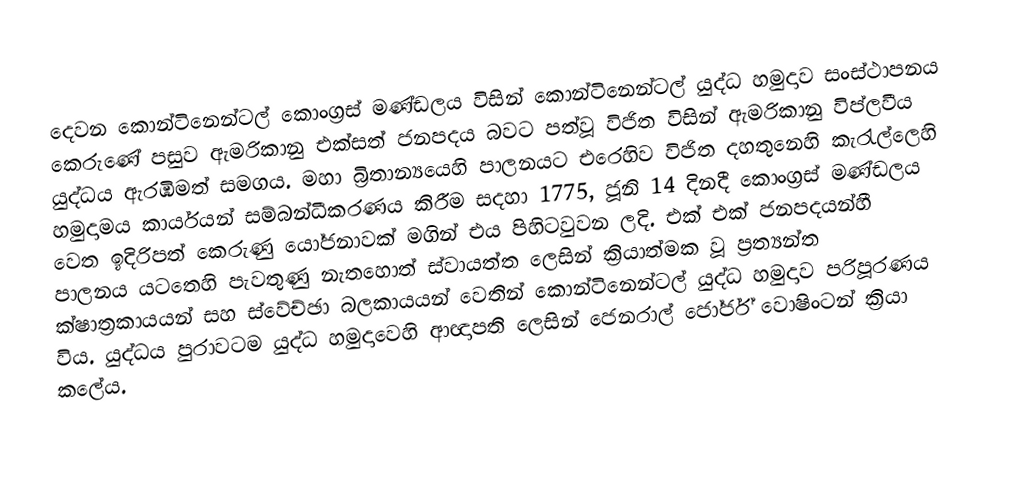
දෙවන කොන්ටිනෙන්ටල් කොංග්‍රස් මණ්ඩලය විසින් කොන්ටිනෙන්ටල් යුද්ධ හමුදාව සංස්ථාපනය කෙරුණේ පසුව ඇමරිකානු එක්සත් ජනපදය බවට පත්වූ විජිත විසින් ඇමරිකානු විප්ලවීය යුද්ධය ඇරඹීමත් සමගය. මහා බ්‍රිතාන්‍යයෙහි පාලනයට එරෙහිව විජිත දහතුනෙහි කැරැල්ලෙහි හමුදාමය කාර්යයන් සම්බන්ධීකරණය කිරීම සදහා 1775, ජූනි 14 දිනදී කොංග්‍රස් මණ්ඩලය වෙත ඉදිරිපත් කෙරුණු යෝජනාවක් මගින් එය පිහිටවුවන ලදි. එක් එක් ජනපදයන්හී පාලනය යටතෙහි පැවතුණු නැතහොත් ස්වායත්ත ලෙසින් ක්‍රියාත්මක වූ  ප්‍රත්‍යන්ත  ක්ෂාත්‍රකායයන් සහ ස්වේච්ඡා බලකායයන් වෙතින් කොන්ටිනෙන්ටල් යුද්ධ හමුදාව පරිපූරණය විය. යුද්ධය පුරාවටම යුද්ධ හමුදාවෙහි ආඥාපති ලෙසින් ජෙනරාල් ජෝර්ජ් වොෂිංටන් ක්‍රියා කලේය.